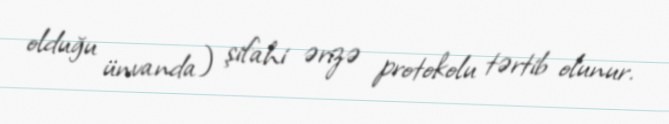
olduğu ünvanda) şifahi ərizə protokolu tərtib olunur.